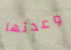
وعدتها